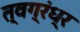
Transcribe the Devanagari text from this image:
त्वग्रंध्र